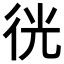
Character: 𢓥